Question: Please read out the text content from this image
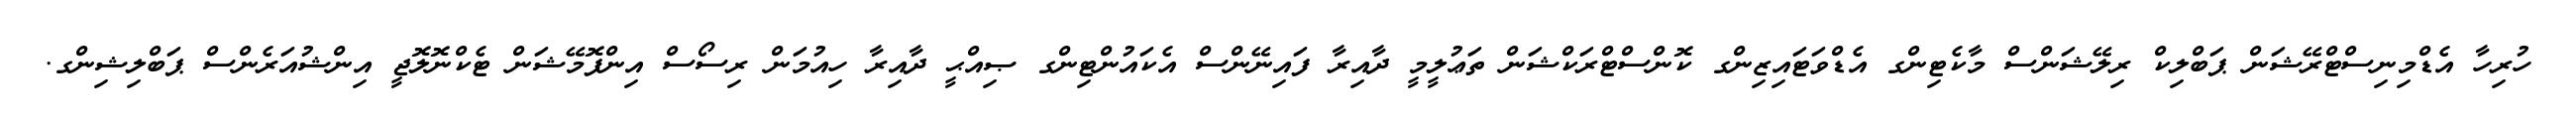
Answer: ހުރިހާ އެޑްމިނިސްޓްރޭޝަން ޕަބްލިކް ރިލޭޝަންސް މާކެޓިންގ އެޑްވަޓައިޒިންގ ކޮންސްޓްރަކްޝަން ތަޢުލީމީ ދާއިރާ ފައިނޭންސް އެކައުންޓިންގ ޞިއްޙީ ދާއިރާ ހިއުމަން ރިސޯސް އިންފޮމޭޝަން ޓެކްނޮލޮޖީ އިންޝުއަރެންސް ޕަބްލިޝިންގ.